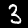
Digit: 3